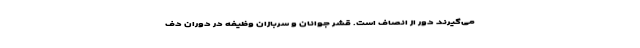
می‌گیرند دور از انصاف است. قشر جوانان و سربازان وظیفه در دوران دف